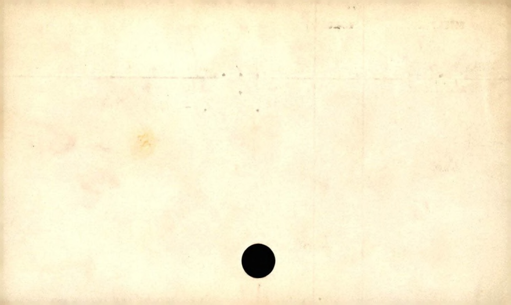
Label: blank